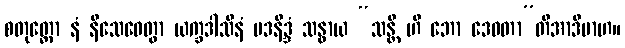
စတုတ္ထော နံ နိသေဓေတွာ ယက္ခဒါသီနံ မဒနိဒ္ဒံ သန္ဓာယ “သန္တိ ဟိ ဘော ဒေဝတာ”တိအာဒိမာဟ။